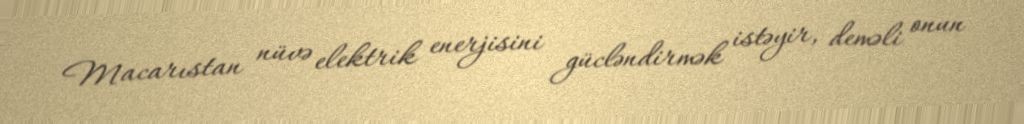
Macarıstan nüvə elektrik enerjisini gücləndirmək istəyir, deməli onun